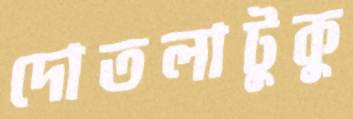
দোতলাটুকু